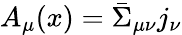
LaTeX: A_{\mu}(x)=\bar{\Sigma}_{\mu\nu}j_{\nu}